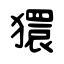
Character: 獧